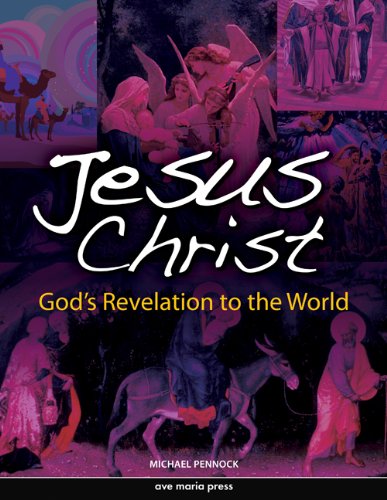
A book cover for Jesus Christ: God's Revelation to the World; Michael Pennock; Christian Books & Bibles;